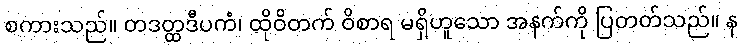
စကားသည်။ တဒတ္ထဒီပကံ၊ ထိုဝိတက် ဝိစာရ မရှိဟူသော အနက်ကို ပြတတ်သည်။ န